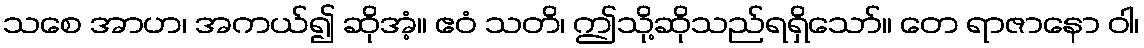
သစေ အာဟ၊ အကယ်၍ ဆိုအံ့။ ဧဝံ သတိ၊ ဤသို့ဆိုသည်ရရှိသော်။ တေ ရာဇာနော ဝါ၊